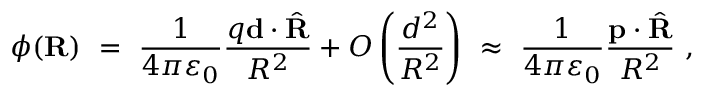
\phi ( \mathbf { R } ) \ = \ { \frac { 1 } { 4 \pi \varepsilon _ { 0 } } } { \frac { q \mathbf { d } \cdot { \hat { \mathbf { R } } } } { R ^ { 2 } } } + O \left( { \frac { d ^ { 2 } } { R ^ { 2 } } } \right) \ \approx \ { \frac { 1 } { 4 \pi \varepsilon _ { 0 } } } { \frac { \mathbf { p } \cdot { \hat { \mathbf { R } } } } { R ^ { 2 } } } \ ,